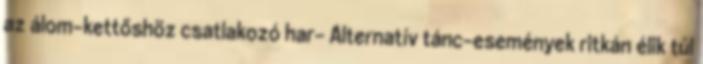
az álom-kettőshöz csatlakozó har- Alternatív tánc-események ritkán élik túl